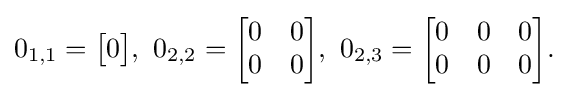
0_{1,1}={\begin{bmatrix}0\end{bmatrix}},\ 0_{2,2}={\begin{bmatrix}0&0\\0&0\end{bmatrix}},\ 0_{2,3}={\begin{bmatrix}0&0&0\\0&0&0\end{bmatrix}}.\